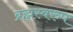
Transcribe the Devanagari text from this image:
ब्रह्मस्वरुप